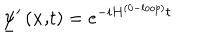
\underline { { { \psi } } } ^ { \prime } \left( \mathbf { x , } t \right) = e ^ { - i H ^ { ( 0 - l o o p ) } t }